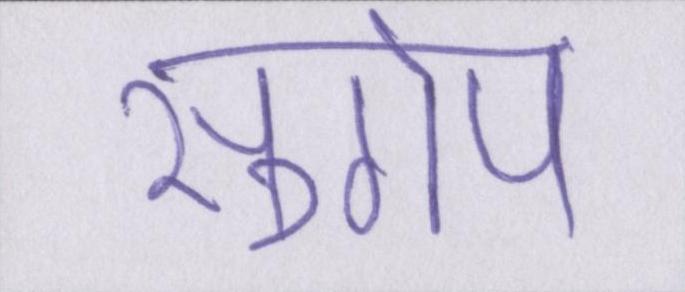
सुगोप